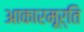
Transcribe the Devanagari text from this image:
आकारमूर्ति